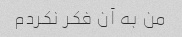
من به آن فکر نکردم